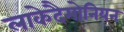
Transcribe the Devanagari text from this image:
लाकेदैमोनियन